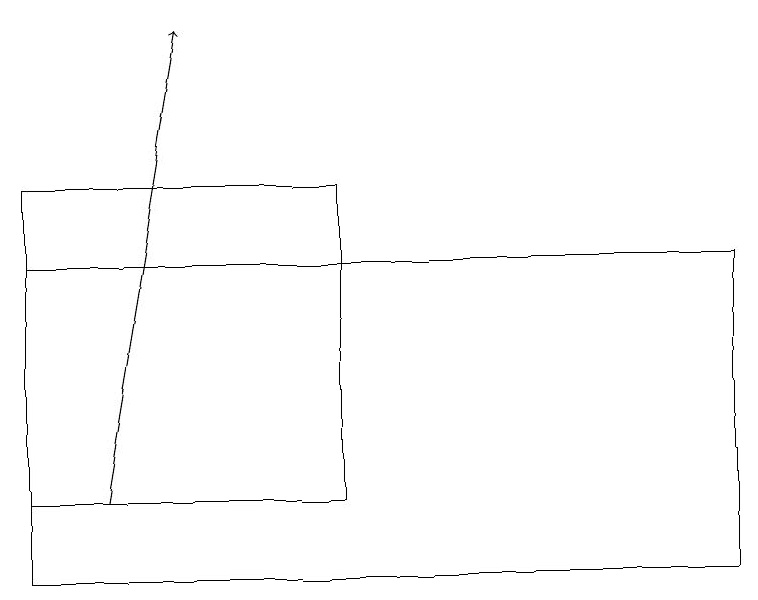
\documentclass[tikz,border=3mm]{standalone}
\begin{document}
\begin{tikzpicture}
\draw (4,13) rectangle (0,17);
\draw[->] (1,13) -- (2,19);
\draw (9,16) rectangle (0,12);
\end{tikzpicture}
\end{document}